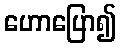
ဟောပြော၍